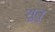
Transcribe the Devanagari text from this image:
शुतु